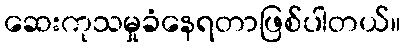
ဆေးကုသမှုခံနေရတာဖြစ်ပါတယ်။